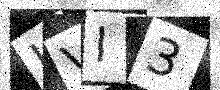
Text: JVI3